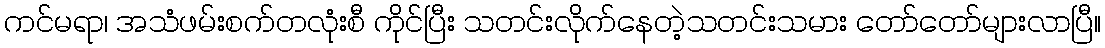
ကင်မရာ၊ အသံဖမ်းစက်တလုံးစီ ကိုင်ပြီး သတင်းလိုက်နေတဲ့သတင်းသမား တော်တော်များလာပြီ။